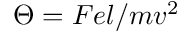
\Theta = F e l / m v ^ { 2 }